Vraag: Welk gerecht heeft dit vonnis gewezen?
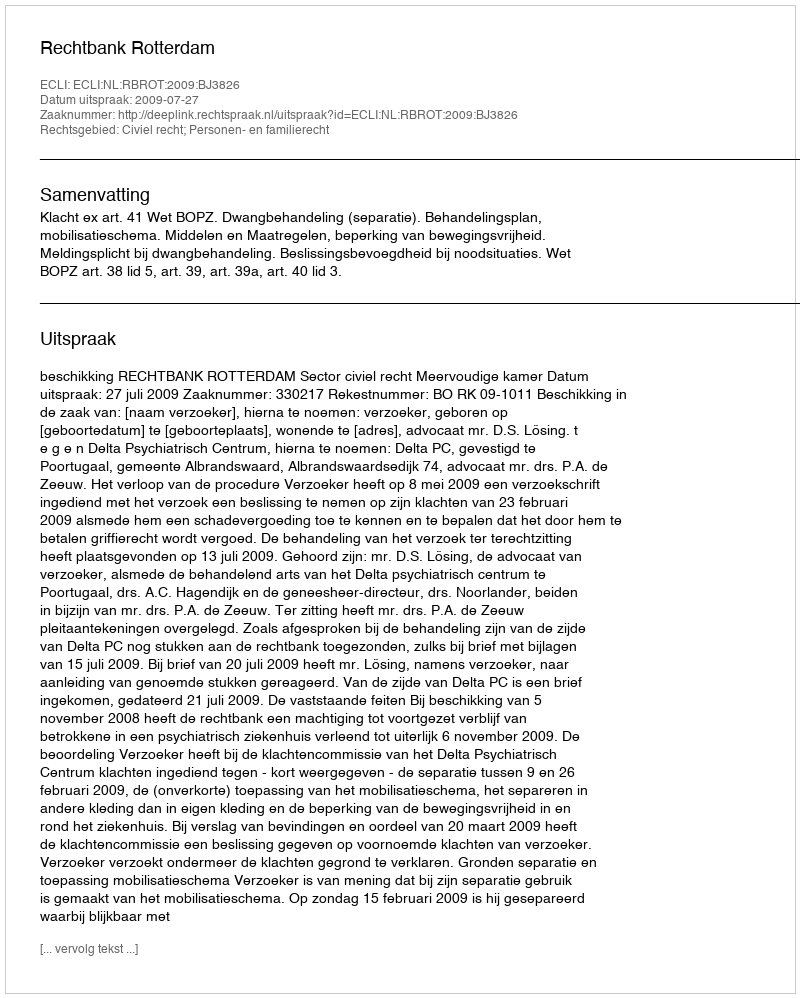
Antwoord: Rechtbank Rotterdam